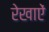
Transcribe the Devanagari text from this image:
रेखाऐं